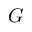
G